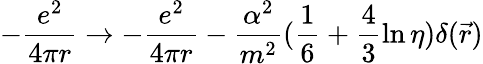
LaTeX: -\frac{e^{2}}{4\pi r}\rightarrow-\frac{e^{2}}{4\pi r}-\frac{\alpha^{2}}{m^{2}}(\frac{1}{6}+\frac{4}{3}\ln\eta)\delta(\vec{r})